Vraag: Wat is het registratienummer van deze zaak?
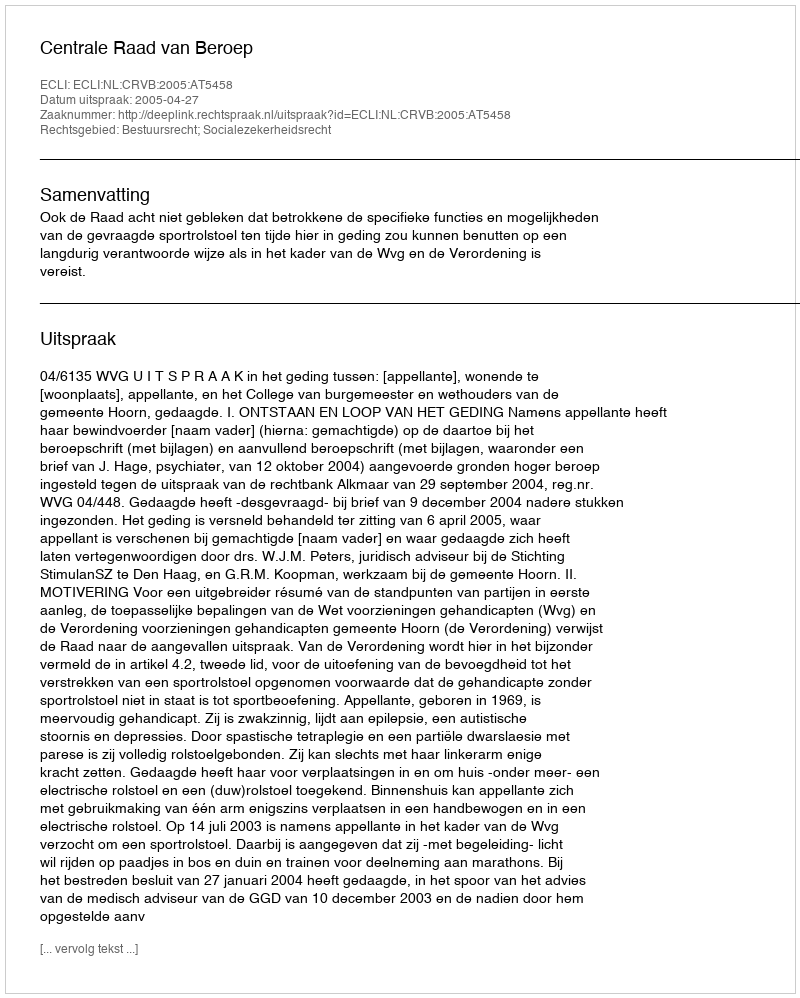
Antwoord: http://deeplink.rechtspraak.nl/uitspraak?id=ECLI:NL:CRVB:2005:AT5458